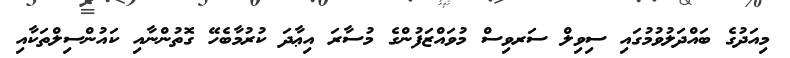
މިއަދުގެ ބައްދަލުވުމުގައި ސިވިލް ސަރވިސް މުވައްޒަފުންގެ މުސާރަ އިޢާދަ ކުރުމާބެހޭ ގޮތުންނާއި ކައުންސިލްތަކާއި